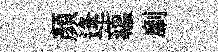
顏逢藴劘